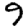
Digit: 9